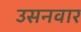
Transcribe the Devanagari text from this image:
उसनवार